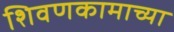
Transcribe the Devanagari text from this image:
शिवणकामाच्या